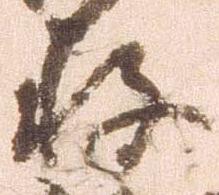
存